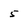
Character: 5